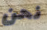
نحن